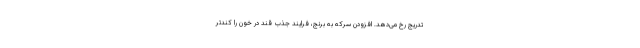
تدریج رخ می‌دهد. افزودن سرکه به برنج، فرایند جذب قند در خون را کندتر